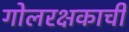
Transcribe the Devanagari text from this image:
गोलरक्षकाची